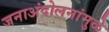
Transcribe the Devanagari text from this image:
जनाअंदोलनांमुळे